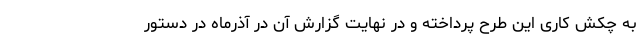
به چکش کاری این طرح پرداخته و در نهایت گزارش آن در آذرماه در دستور